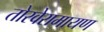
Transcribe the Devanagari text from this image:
तोरवेरामायण